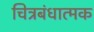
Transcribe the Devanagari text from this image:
चित्रबंधात्मक